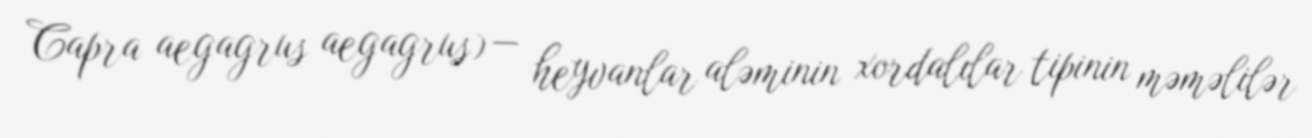
Capra aegagrus aegagrus) — heyvanlar aləminin xordalılar tipinin məməlilər